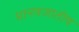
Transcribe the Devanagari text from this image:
मानवजातीय